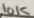
Text: 10K